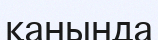
қанында